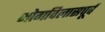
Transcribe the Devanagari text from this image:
भोगविलासपूर्व